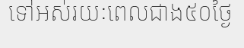
ទៅអស់រយៈពេលជាង៥០ថ្ងៃ